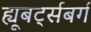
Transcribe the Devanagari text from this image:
ह्यूबर्ट्सबर्ग